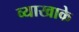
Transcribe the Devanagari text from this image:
व्याखाके